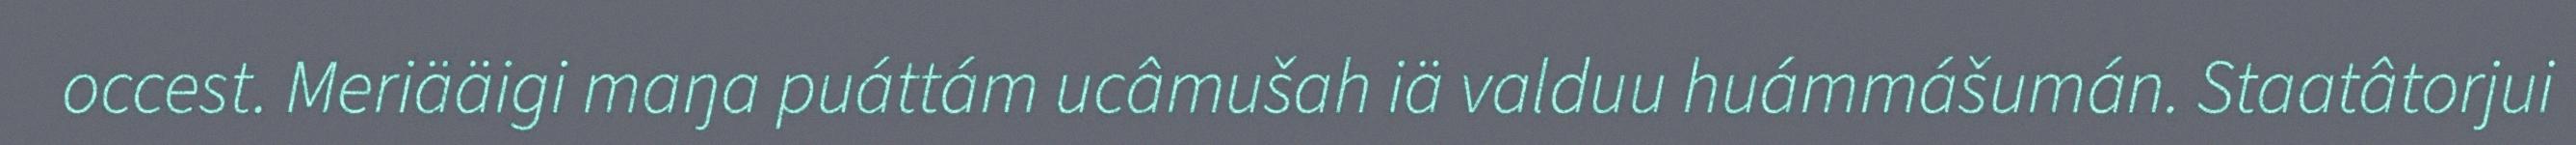
occest. Meriääigi maŋa puáttám ucâmušah iä valduu huámmášumán. Staatâtorjui